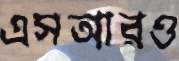
এসআরও